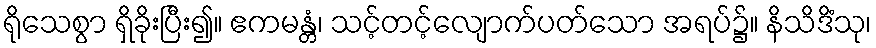
ရိုသေစွာ ရှိခိုးပြီး၍။ ဧကမန္တံ၊ သင့်တင့်လျောက်ပတ်သော အရပ်၌။ နိသိဒိံသု၊